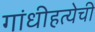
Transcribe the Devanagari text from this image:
गांधीहत्येची